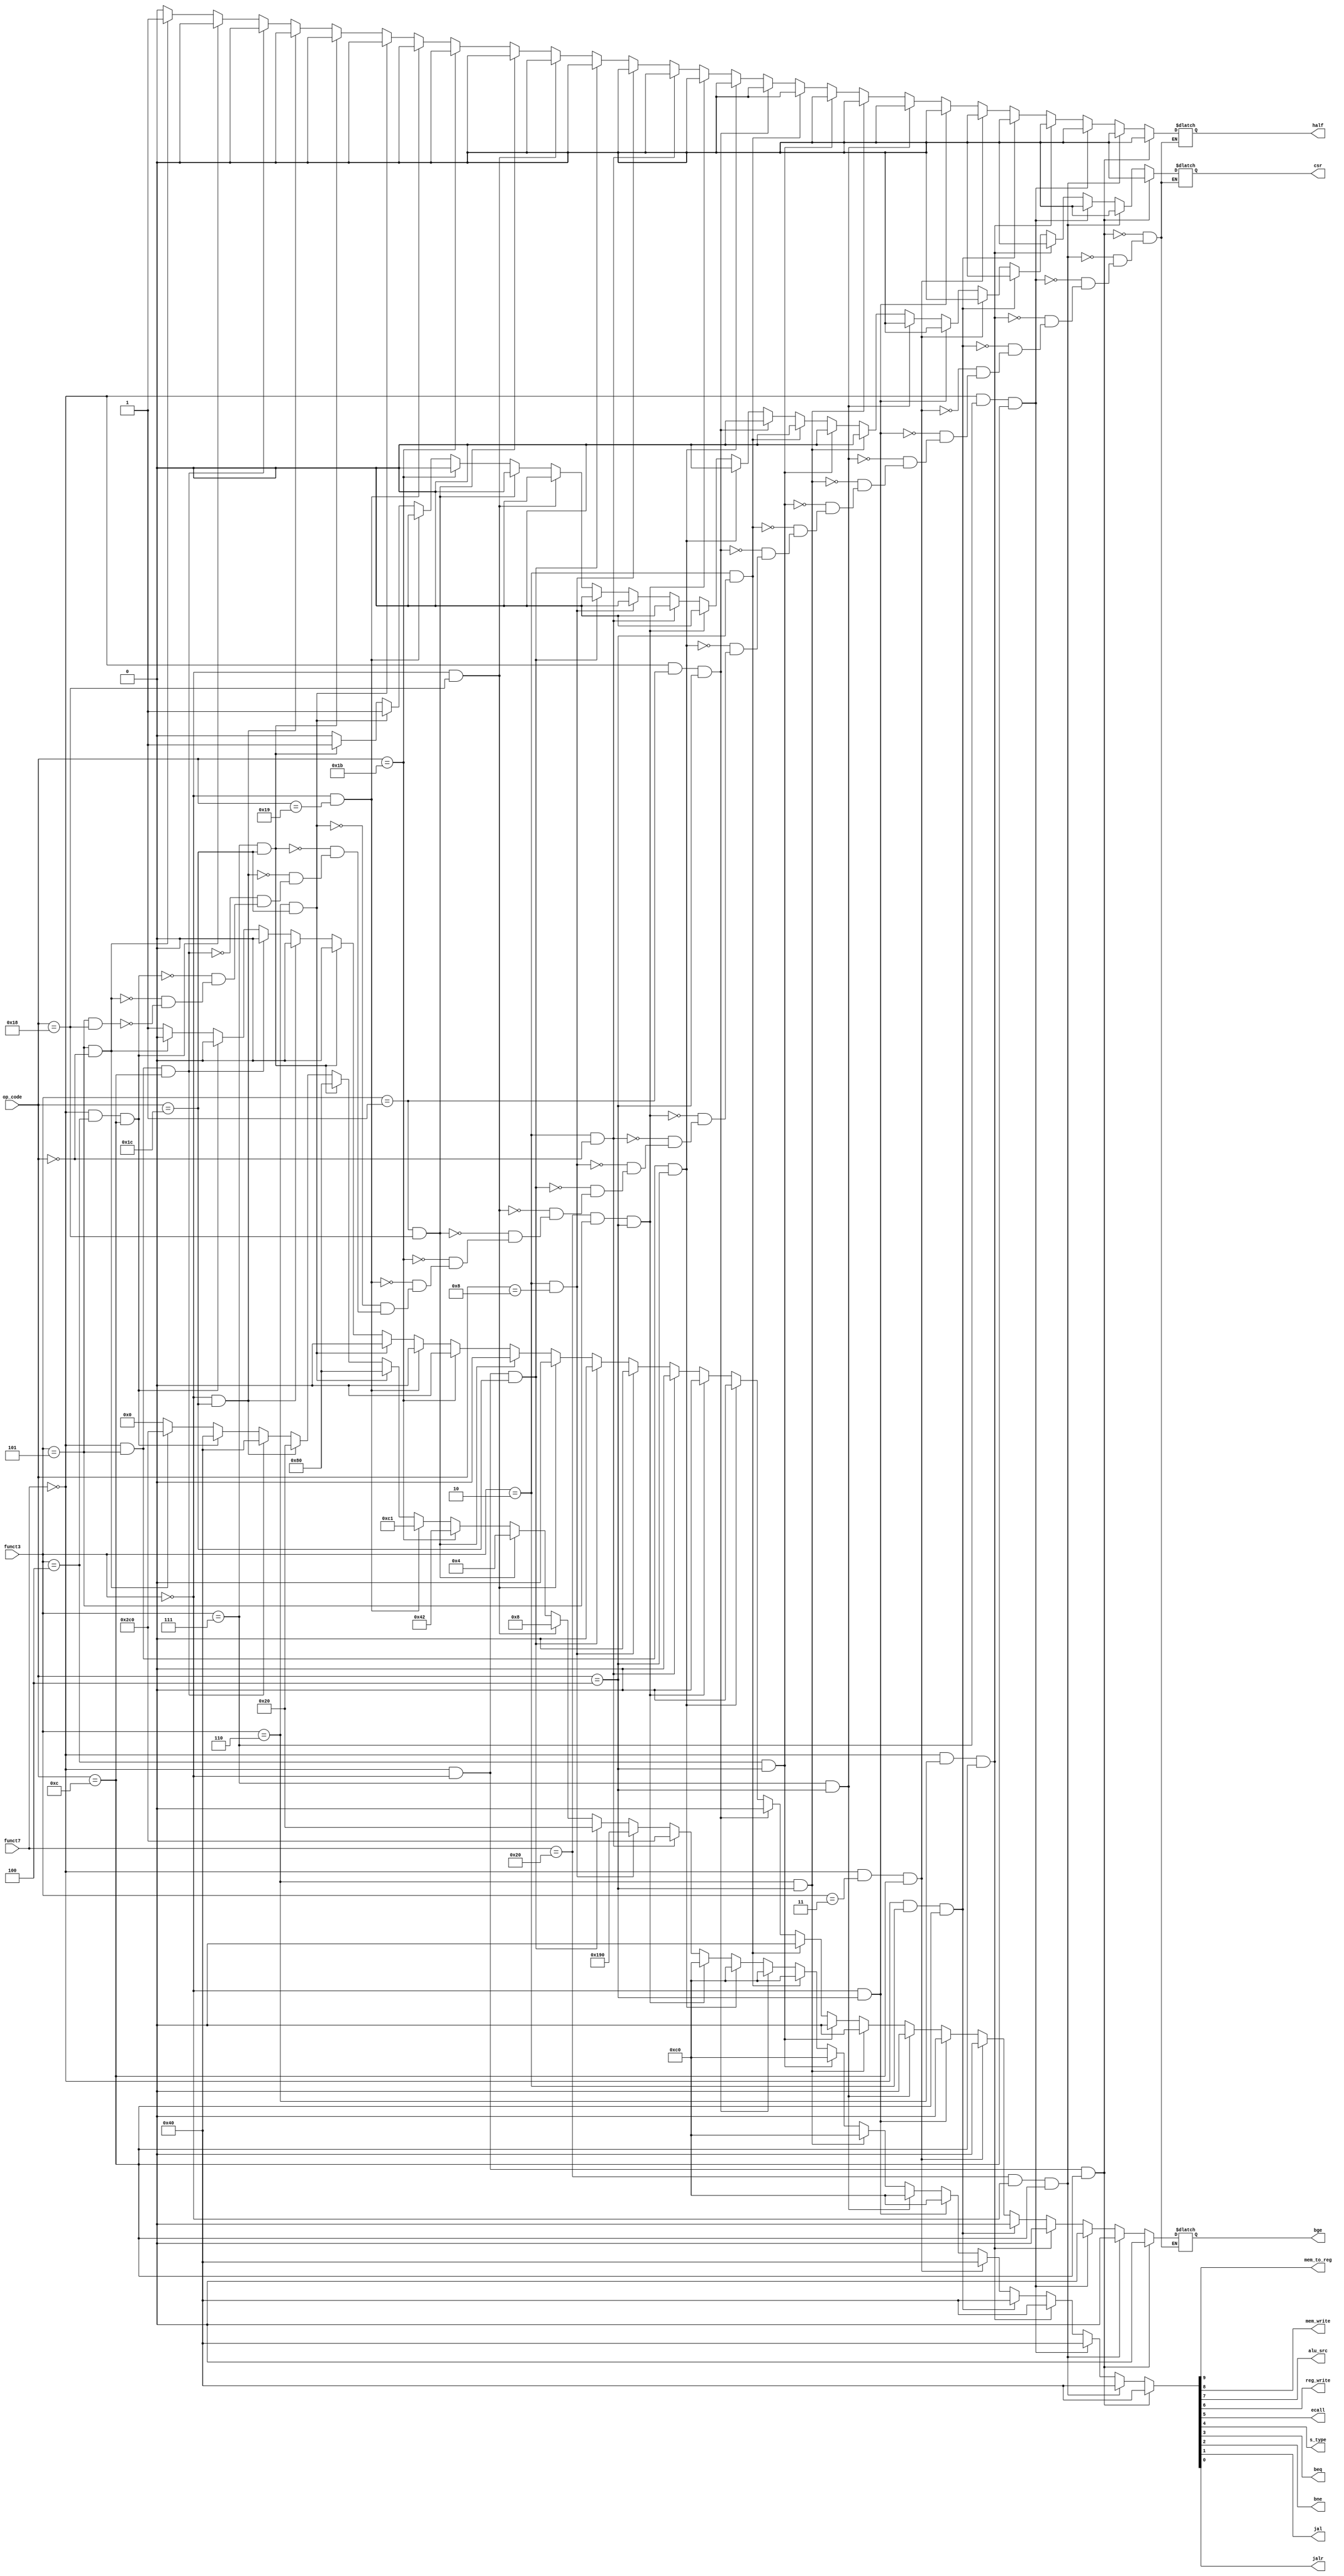
module ControlControler (
    input [6:0] funct7,
    input [2:0] funct3,
    input [4:0] op_code,
    output reg mem_to_reg, mem_write, alu_src, reg_write, ecall, s_type, beq, bne, jal, jalr, half, bge, csr
);
    always @(funct7, funct3, op_code) begin
        if (funct7 == 'd0 && funct3 == 'd0 && op_code == 'hc) begin  // add
            {mem_to_reg, mem_write, alu_src, reg_write, ecall, s_type, beq, bne, jal, jalr, half, bge, csr} <= 13'b0_0010_0000_0000;
        end

        else if (funct7 == 'd32 && funct3 == 'd0 && op_code == 'hc) begin  // sub
            {mem_to_reg, mem_write, alu_src, reg_write, ecall, s_type, beq, bne, jal, jalr, half, bge, csr} <= 13'b0_0010_0000_0000;
        end

        else if (funct7 == 'd0 && funct3 == 'd7 && op_code == 'hc) begin  // and
            {mem_to_reg, mem_write, alu_src, reg_write, ecall, s_type, beq, bne, jal, jalr, half, bge, csr} <= 13'b0_0010_0000_0000;
        end

        else if (funct7 == 'd0 && funct3 == 'd6 && op_code == 'hc) begin  // or
            {mem_to_reg, mem_write, alu_src, reg_write, ecall, s_type, beq, bne, jal, jalr, half, bge, csr} <= 13'b0_0010_0000_0000;
        end

        else if (funct7 == 'd0 && funct3 == 'd2 && op_code == 'hc) begin  // slt
            {mem_to_reg, mem_write, alu_src, reg_write, ecall, s_type, beq, bne, jal, jalr, half, bge, csr} <= 13'b0_0010_0000_0000;
        end

        else if (funct7 == 'd0 && funct3 == 'd3 && op_code == 'hc) begin  // sltu
            {mem_to_reg, mem_write, alu_src, reg_write, ecall, s_type, beq, bne, jal, jalr, half, bge, csr} <= 13'b0_0010_0000_0000;
        end

        else if (funct3 == 'd0 && op_code == 'h4) begin  // addi
            {mem_to_reg, mem_write, alu_src, reg_write, ecall, s_type, beq, bne, jal, jalr, half, bge, csr} <= 13'b0_0110_0000_0000;
        end

        else if (funct3 == 'd7 && op_code == 'h4) begin  // andi
            {mem_to_reg, mem_write, alu_src, reg_write, ecall, s_type, beq, bne, jal, jalr, half, bge, csr} <= 13'b0_0110_0000_0000;
        end

        else if (funct3 == 'd6 && op_code == 'h4) begin  // ori
            {mem_to_reg, mem_write, alu_src, reg_write, ecall, s_type, beq, bne, jal, jalr, half, bge, csr} <= 13'b0_0110_0000_0000;
        end

        else if (funct3 == 'd4 && op_code == 'h4) begin  // xori
            {mem_to_reg, mem_write, alu_src, reg_write, ecall, s_type, beq, bne, jal, jalr, half, bge, csr} <= 13'b0_0110_0000_0000;
        end

        else if (funct3 == 'd2 && op_code == 'h4) begin  // slti
            {mem_to_reg, mem_write, alu_src, reg_write, ecall, s_type, beq, bne, jal, jalr, half, bge, csr} <= 13'b0_0110_0000_0000;
        end

        else if (funct7 == 'd0 && funct3 == 'd1 && op_code == 'h4) begin  // slli
            {mem_to_reg, mem_write, alu_src, reg_write, ecall, s_type, beq, bne, jal, jalr, half, bge, csr} <= 13'b0_0110_0000_0000;
        end

        else if (funct7 == 'd0 && funct3 == 'd5 && op_code == 'h4) begin  // srli
            {mem_to_reg, mem_write, alu_src, reg_write, ecall, s_type, beq, bne, jal, jalr, half, bge, csr} <= 13'b0_0110_0000_0000;
        end

        else if (funct7 == 'd32 && funct3 == 'd5 && op_code == 'h4) begin  // srai
            {mem_to_reg, mem_write, alu_src, reg_write, ecall, s_type, beq, bne, jal, jalr, half, bge, csr} <= 13'b0_0110_0000_0000;
        end

        else if (funct3 == 'd2 && op_code == 'h0) begin  // lw
            {mem_to_reg, mem_write, alu_src, reg_write, ecall, s_type, beq, bne, jal, jalr, half, bge, csr} <= 13'b1_0110_0000_0000;
        end

        else if (funct3 == 'd2 && op_code == 'h8) begin  // sw
            {mem_to_reg, mem_write, alu_src, reg_write, ecall, s_type, beq, bne, jal, jalr, half, bge, csr} <= 13'b0_1100_1000_0000;
        end

        else if (funct7 == 'd0 && funct3 == 'd0 && op_code == 'h1c) begin  // ecall
            {mem_to_reg, mem_write, alu_src, reg_write, ecall, s_type, beq, bne, jal, jalr, half, bge, csr} <= 13'b0_0001_0000_0000;
        end

        else if (funct3 == 'd0 && op_code == 'h18) begin  // beq
            {mem_to_reg, mem_write, alu_src, reg_write, ecall, s_type, beq, bne, jal, jalr, half, bge, csr} <= 13'b0_0000_0100_0000;
        end

        else if (funct3 == 'd1 && op_code == 'h18) begin  // bne
            {mem_to_reg, mem_write, alu_src, reg_write, ecall, s_type, beq, bne, jal, jalr, half, bge, csr} <= 13'b0_0000_0010_0000;
        end

        else if (op_code == 'h1b) begin  // jal
            {mem_to_reg, mem_write, alu_src, reg_write, ecall, s_type, beq, bne, jal, jalr, half, bge, csr} <= 13'b0_0010_0001_0000;
        end

        else if (funct3 == 'd0 && op_code == 'h19) begin  // jalr
            {mem_to_reg, mem_write, alu_src, reg_write, ecall, s_type, beq, bne, jal, jalr, half, bge, csr} <= 13'b0_0110_0000_1000;
        end

        // #######  int ####### //
        else if (funct3 == 'd6 && op_code == 'h1c)  // csrrsi
            {mem_to_reg, mem_write, alu_src, reg_write, ecall, s_type, beq, bne, jal, jalr, half, bge, csr} <= 13'b0_0100_0000_0001;

        else if (funct3 == 'd7 && op_code == 'h1c)  // bge
            {mem_to_reg, mem_write, alu_src, reg_write, ecall, s_type, beq, bne, jal, jalr, half, bge, csr} <= 13'b0_0100_0000_0001;
        
        else if (funct3 == 'd0 && op_code == 'h1c)  // bge
            {mem_to_reg, mem_write, alu_src, reg_write, ecall, s_type, beq, bne, jal, jalr, half, bge, csr} <= 13'b0_0001_0000_0000;

        // #######  ccab ####### //
        else if (funct7 == 'd0 && funct3 == 'd5 && op_code == 'hc) begin  // srl
            {mem_to_reg, mem_write, alu_src, reg_write, ecall, s_type, beq, bne, jal, jalr, half, bge, csr} <= 13'b0_0010_0000_0000;
        end
        else if (funct7 == 'd0 && funct3 == 'd4 && op_code == 'hc) begin  //xor
            {mem_to_reg, mem_write, alu_src, reg_write, ecall, s_type, beq, bne, jal, jalr, half, bge, csr} <= 13'b0_0010_0000_0000;
        end  
        else if (funct3 == 'd5 && op_code == 'h0) begin  //lhu
            {mem_to_reg, mem_write, alu_src, reg_write, ecall, s_type, beq, bne, jal, jalr, half, bge, csr} <= 13'b1_0110_0000_0100;
        end  
        else if (funct3 == 'd5 && op_code == 'h18)  // bge
            {mem_to_reg, mem_write, alu_src, reg_write, ecall, s_type, beq, bne, jal, jalr, half, bge, csr} <= 13'b0_0000_0000_0010;

        else {mem_to_reg, mem_write, alu_src, reg_write, ecall, s_type, beq, bne, jal, jalr} <= 13'b0_0000_0000_0000;
    end
endmodule